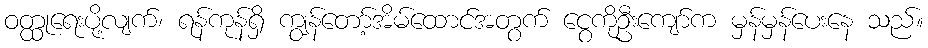
ဝတ္ထုရေးပို့လျက်၊ ရန်ကုန်ရှိ ကျွန်တော့်အိမ်ထောင်အတွက် ငွေကိုဦးကျော်က မှန်မှန်ပေးနေ သည်။